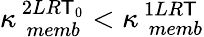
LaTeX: \kappa_{\, \, memb}^{\, 2LR\mathsf{T}_{0}}<\kappa_{\, \, memb}^{\, 1LR\mathsf{T}}